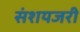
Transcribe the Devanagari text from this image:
संशयजरी